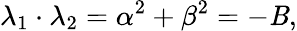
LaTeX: \lambda_{1}\cdot\lambda_{2}=\alpha^{2}+\beta^{2}=-\mathit{B},